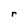
Character: r